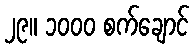
၂၉။ ၁၀၀၀ စက်ချောင်